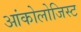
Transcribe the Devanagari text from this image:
आंकोलोजिस्ट